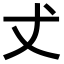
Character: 𠀋